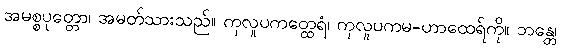
အမစ္စပုတ္တော၊ အမတ်သားသည်။ ကုလူပကတ္ထေရံ၊ ကုလူပကမ-ဟာထေရ်ကို။ ဘန္တေ၊